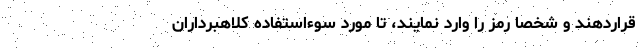
قراردهند و شخصا رمز را وارد نمایند، تا مورد سوءاستفاده کلاهبرداران